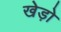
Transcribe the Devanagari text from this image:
खेड़ो